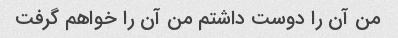
من آن را دوست داشتم من آن را خواهم گرفت